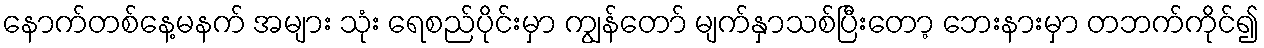
နောက်တစ်နေ့မနက် အများ သုံး ရေစည်ပိုင်းမှာ ကျွန်တော် မျက်နှာသစ်ပြီးတော့ ဘေးနားမှာ တဘက်ကိုင်၍